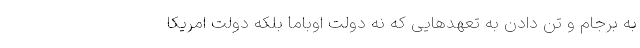
به برجام و تن دادن به تعهدهایی که نه دولت اوباما بلکه دولت امریکا